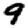
Digit: 9